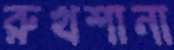
রুখশানা